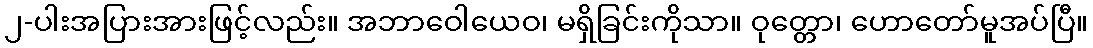
၂-ပါးအပြားအားဖြင့်လည်း။ အဘာဝေါယေဝ၊ မရှိခြင်းကိုသာ။ ဝုတ္တော၊ ဟောတော်မူအပ်ပြီ။